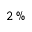
2 \, \%